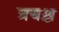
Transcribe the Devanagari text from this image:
त्रयश्च